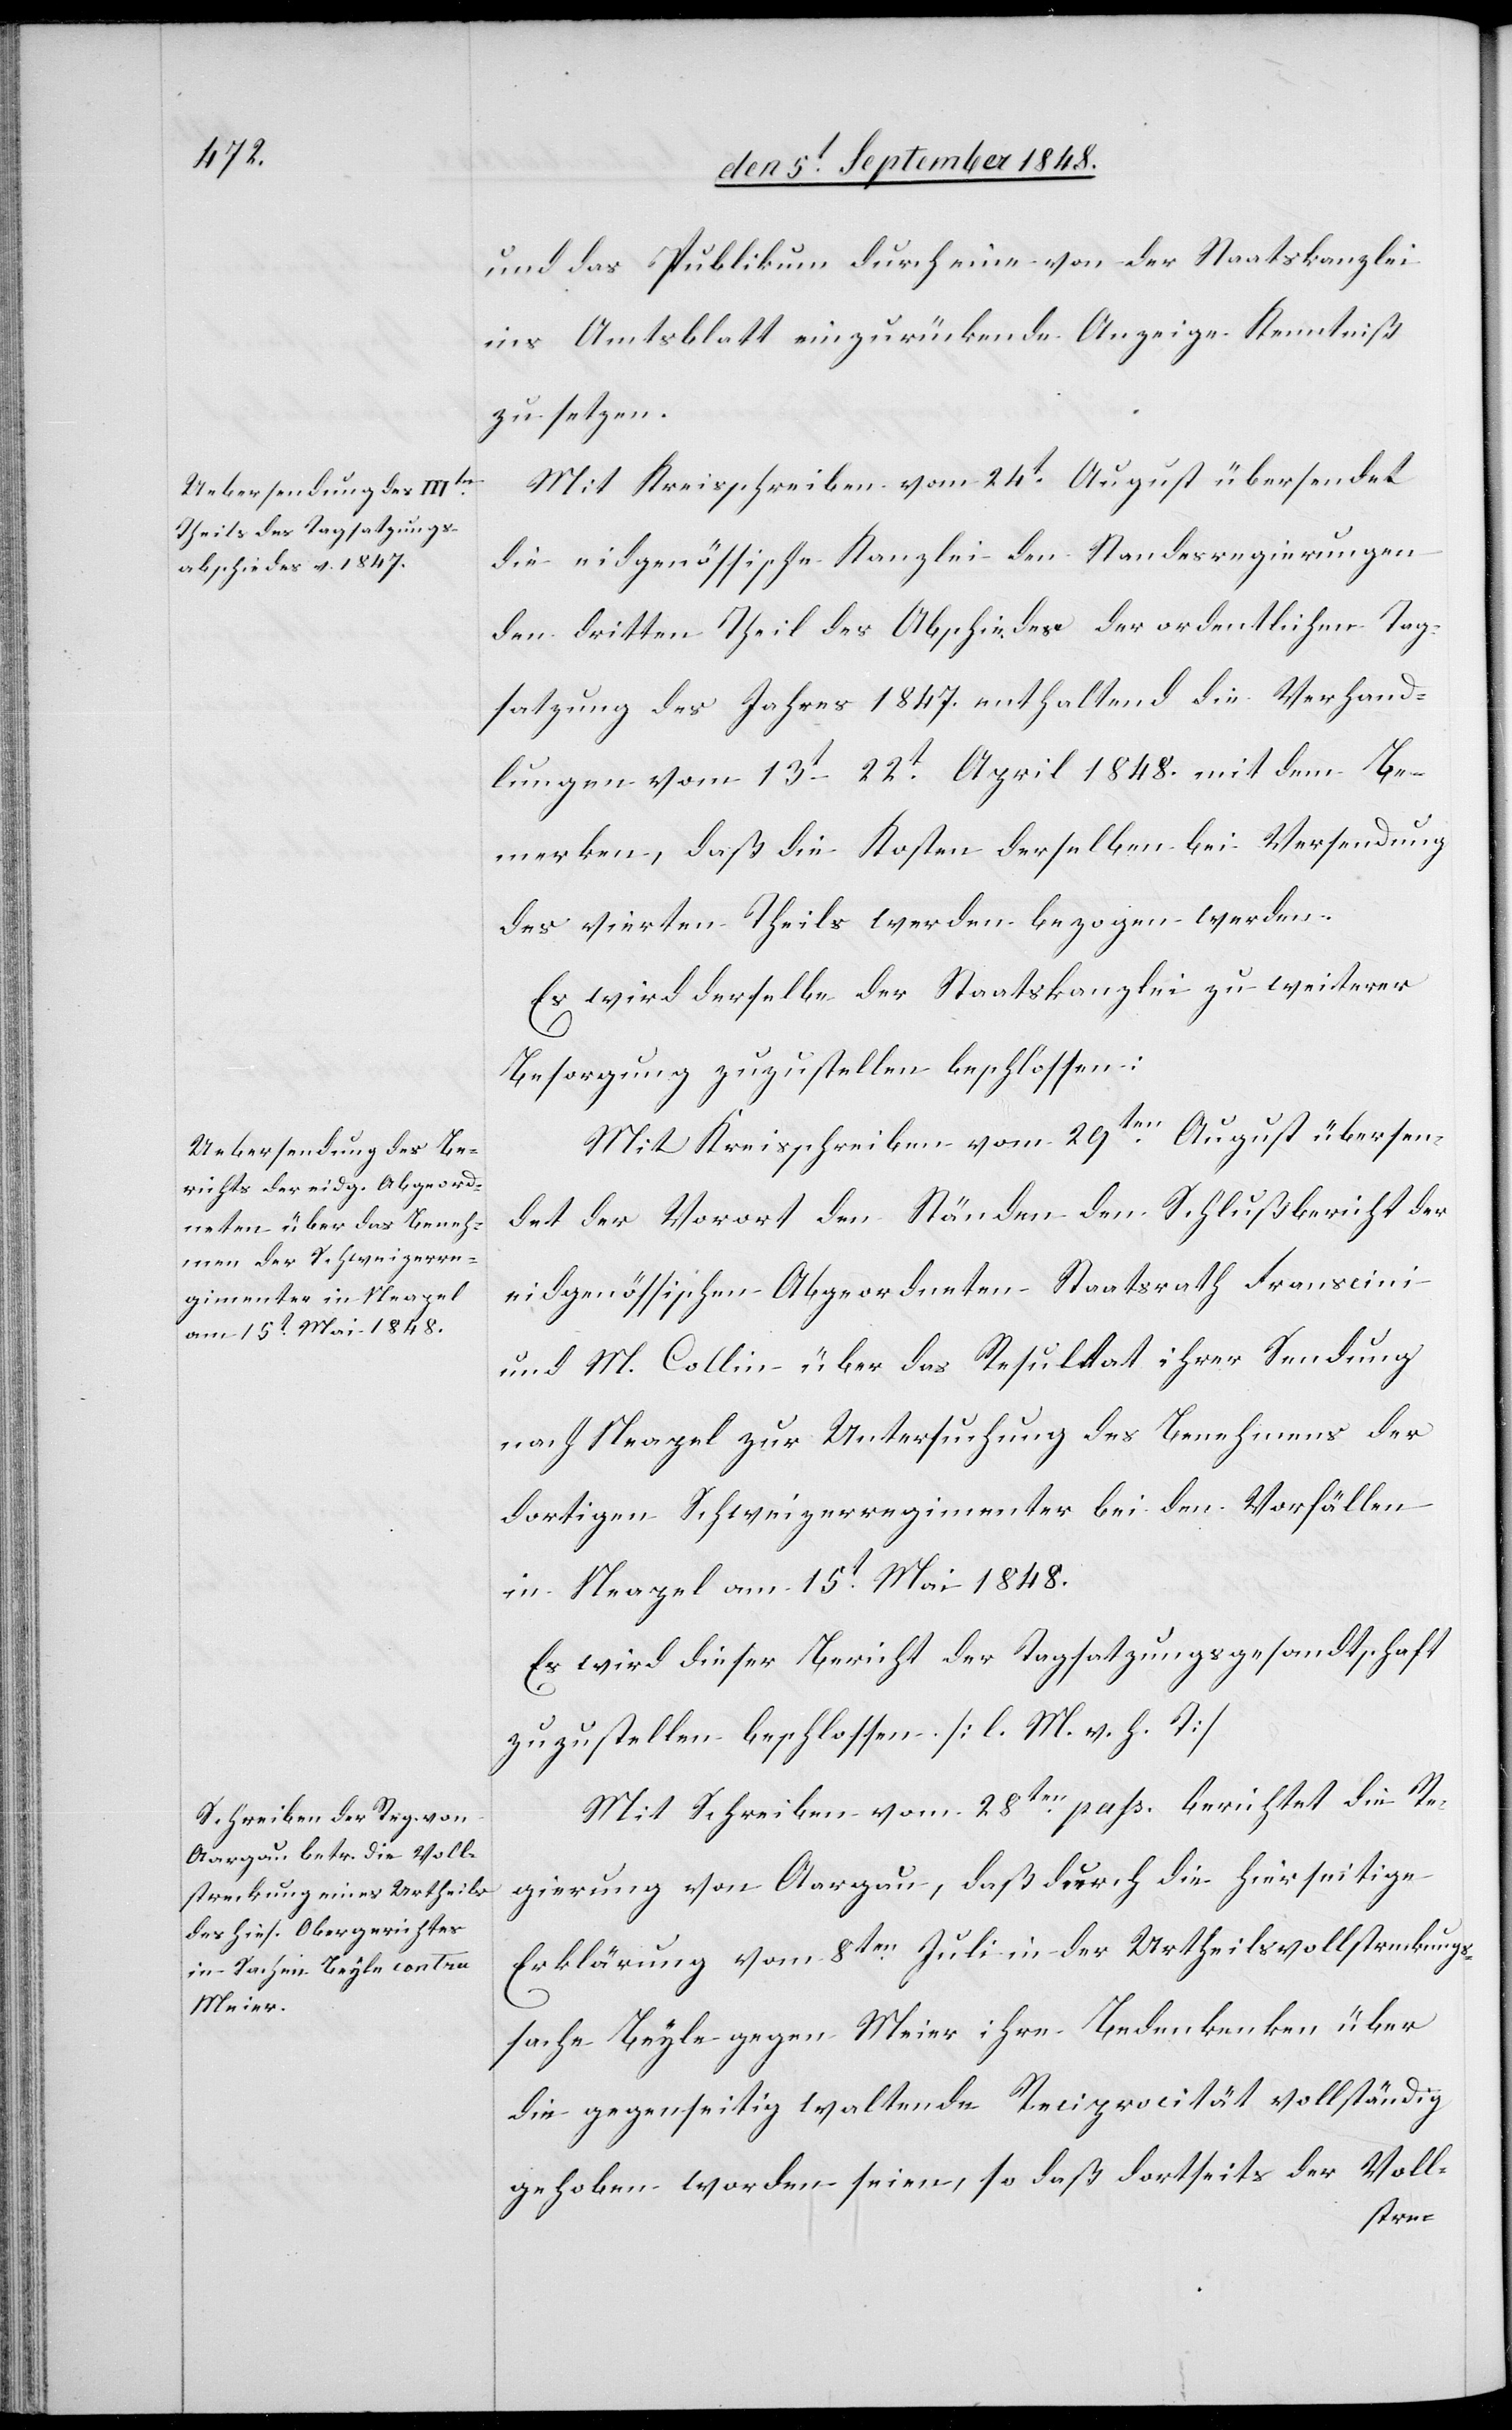
und das Publikum durch eine von der Staatskanzlei
ins Amtsblatt einzurückende Anzeige Kenntniß
zu setzen.
Mit Kreisschreiben vom 24t August übersendet
die eidgenössische Kanzlei den Standesregierungen
den dritten Theil des Abschiedes der ordentlichen Tag¬
satzung des Jahres 1847. enthaltend die Verhand¬
lungen vom 13t–22t April 1848. mit dem Be¬
merken, daß die Kosten derselben bei Versendung
des vierten Theils werden bezogen werden.
Es wird derselbe der Staatskanzlei zu weiterer
Besorgung zuzustellen beschlossen.
Mit Kreisschreiben vom 29ten August übersen¬
det der Vorort den Ständen den Schlußbericht der
eidgenössischen Abgeordneten Staatsrath Franscini
und M. Collin über das Resultat ihrer Sendung
nach Neapel zur Untersuchung des Benehmens der
dortigen Schweizerregimenter bei den Vorfällen
in Neapel am 15ten Mai 1848.
Es wird dieser Bericht der Tagsatzungsgesandtschaft
zuzustellen beschlossen. [l. M. v. h. T]
Mit Schreiben vom 28ten pass. berichtet die Re¬
gierung von Aargau, daß durch die hierseitige
Erklärung vom 8ten Juli in der Urtheilsvollstreckungs¬
sache Beyle gegen Meier ihre Bedenkenken
die gegenseitig waltende Reciprocität vollständig
gehoben worden seien, so daß dortseits der Voll-